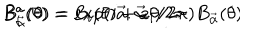
LaTeX: B _ { \vec { \alpha } } ^ { a } ( \theta ) = e x p ( i \vec { a } . \vec { \alpha } \, \theta / 2 \pi ) B _ { \vec { \alpha } } ( \theta ) \hspace { . 6 i n } B _ { i } ^ { a } ( \theta ) = B _ { i } ( \theta ) + a _ { i } / 2 \pi